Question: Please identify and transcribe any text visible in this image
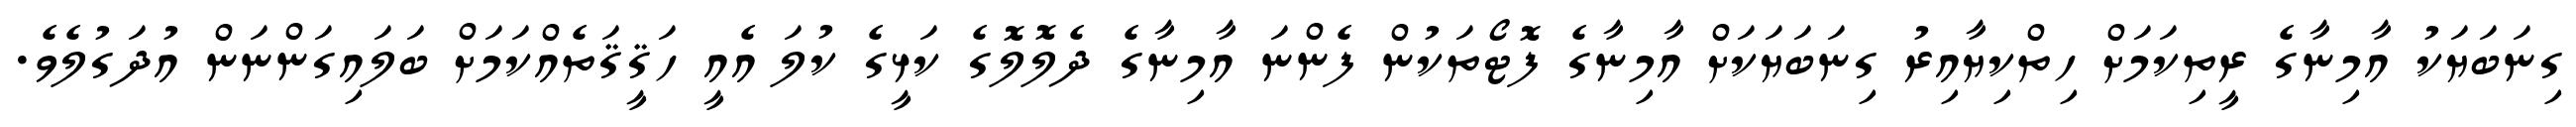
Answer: ގިނަބަޔަކު އާމިނާގެ ރީތިކަމަށް ހިތްކިޔާއިރު ގިނަބަޔަކަށް އާމިނާގެ ފޮޓޯތަކުން ފެންނަ އާމިނާގެ ދެލޮލޮގެ ކަޅީގެ ކުލަ އެއީ ހަޤީޤަތެއްކަމަށް ބަލައިގަންނަން އުދަގުލެވެ.